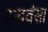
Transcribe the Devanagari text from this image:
इन्द्रवंसा